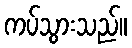
ကပ်သွားသည်။